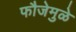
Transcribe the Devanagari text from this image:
फौजेमुळे